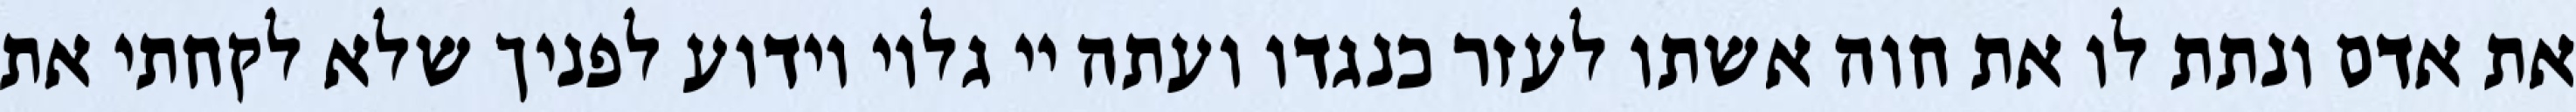
את אדם ונתת לו את חוה אשתו לעזר כנגדו ועתה יי גלוי וידוע לפניך שלא לקחתי את